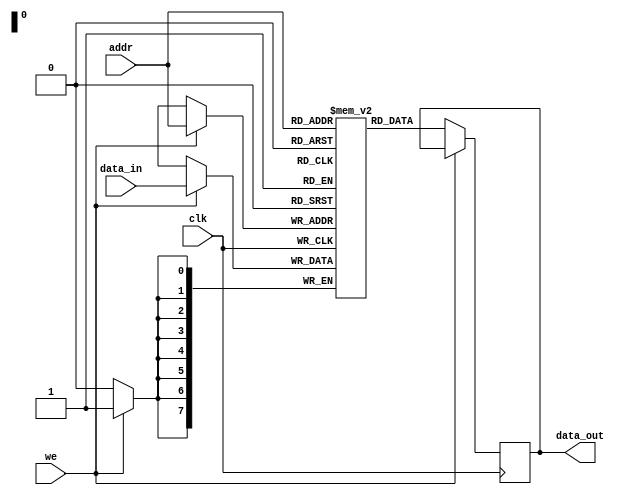
module parameterized_ram #(
    parameter DATA_WIDTH = 8,       // Width of each memory word
    parameter ADDR_WIDTH = 8        // Number of addressable locations (2^ADDR_WIDTH)
)(
    input wire clk,                  // Clock signal
    input wire we,                   // Write enable signal
    input wire [ADDR_WIDTH-1:0] addr,// Address input
    input wire [DATA_WIDTH-1:0] data_in, // Data input bus
    output reg [DATA_WIDTH-1:0] data_out // Data output bus
);

    // Memory array declaration
    reg [DATA_WIDTH-1:0] mem [(2**ADDR_WIDTH)-1:0];

    // Synchronous read and write operations
    always @(posedge clk) begin
        if (we) begin
            // Write operation
            mem[addr] <= data_in;
        end else begin
            // Read operation
            data_out <= mem[addr];
        end
    end

    // Optional: Asynchronous read operation
    // Uncomment the below block if you want asynchronous read support
    /*
    always @(*) begin
        if (!we) begin
            data_out = mem[addr];
        end
    end
    */

    // Optional: Reset functionality (if needed)
    // Add a reset signal to initialize memory if desired

    /*
    input wire rst, // Reset signal
    always @(posedge clk or posedge rst) begin
        if (rst) begin
            // Reset memory to 0 or some predefined state
            integer i;
            for (i = 0; i < (2**ADDR_WIDTH); i = i + 1) begin
                mem[i] <= {DATA_WIDTH{1'b0}}; // or any specific initialization
            end
        end else begin
            if (we) begin
                mem[addr] <= data_in;
            end else begin
                data_out <= mem[addr];
            end
        end
    end
    */

endmodule